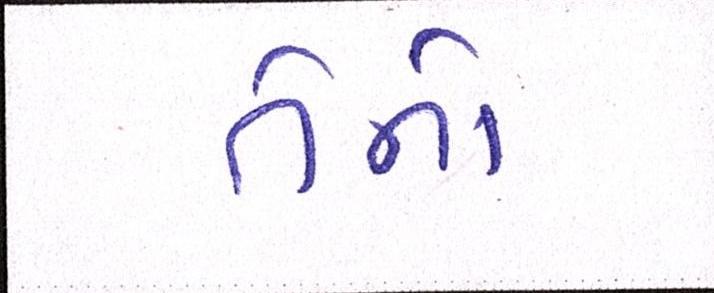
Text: તેનો